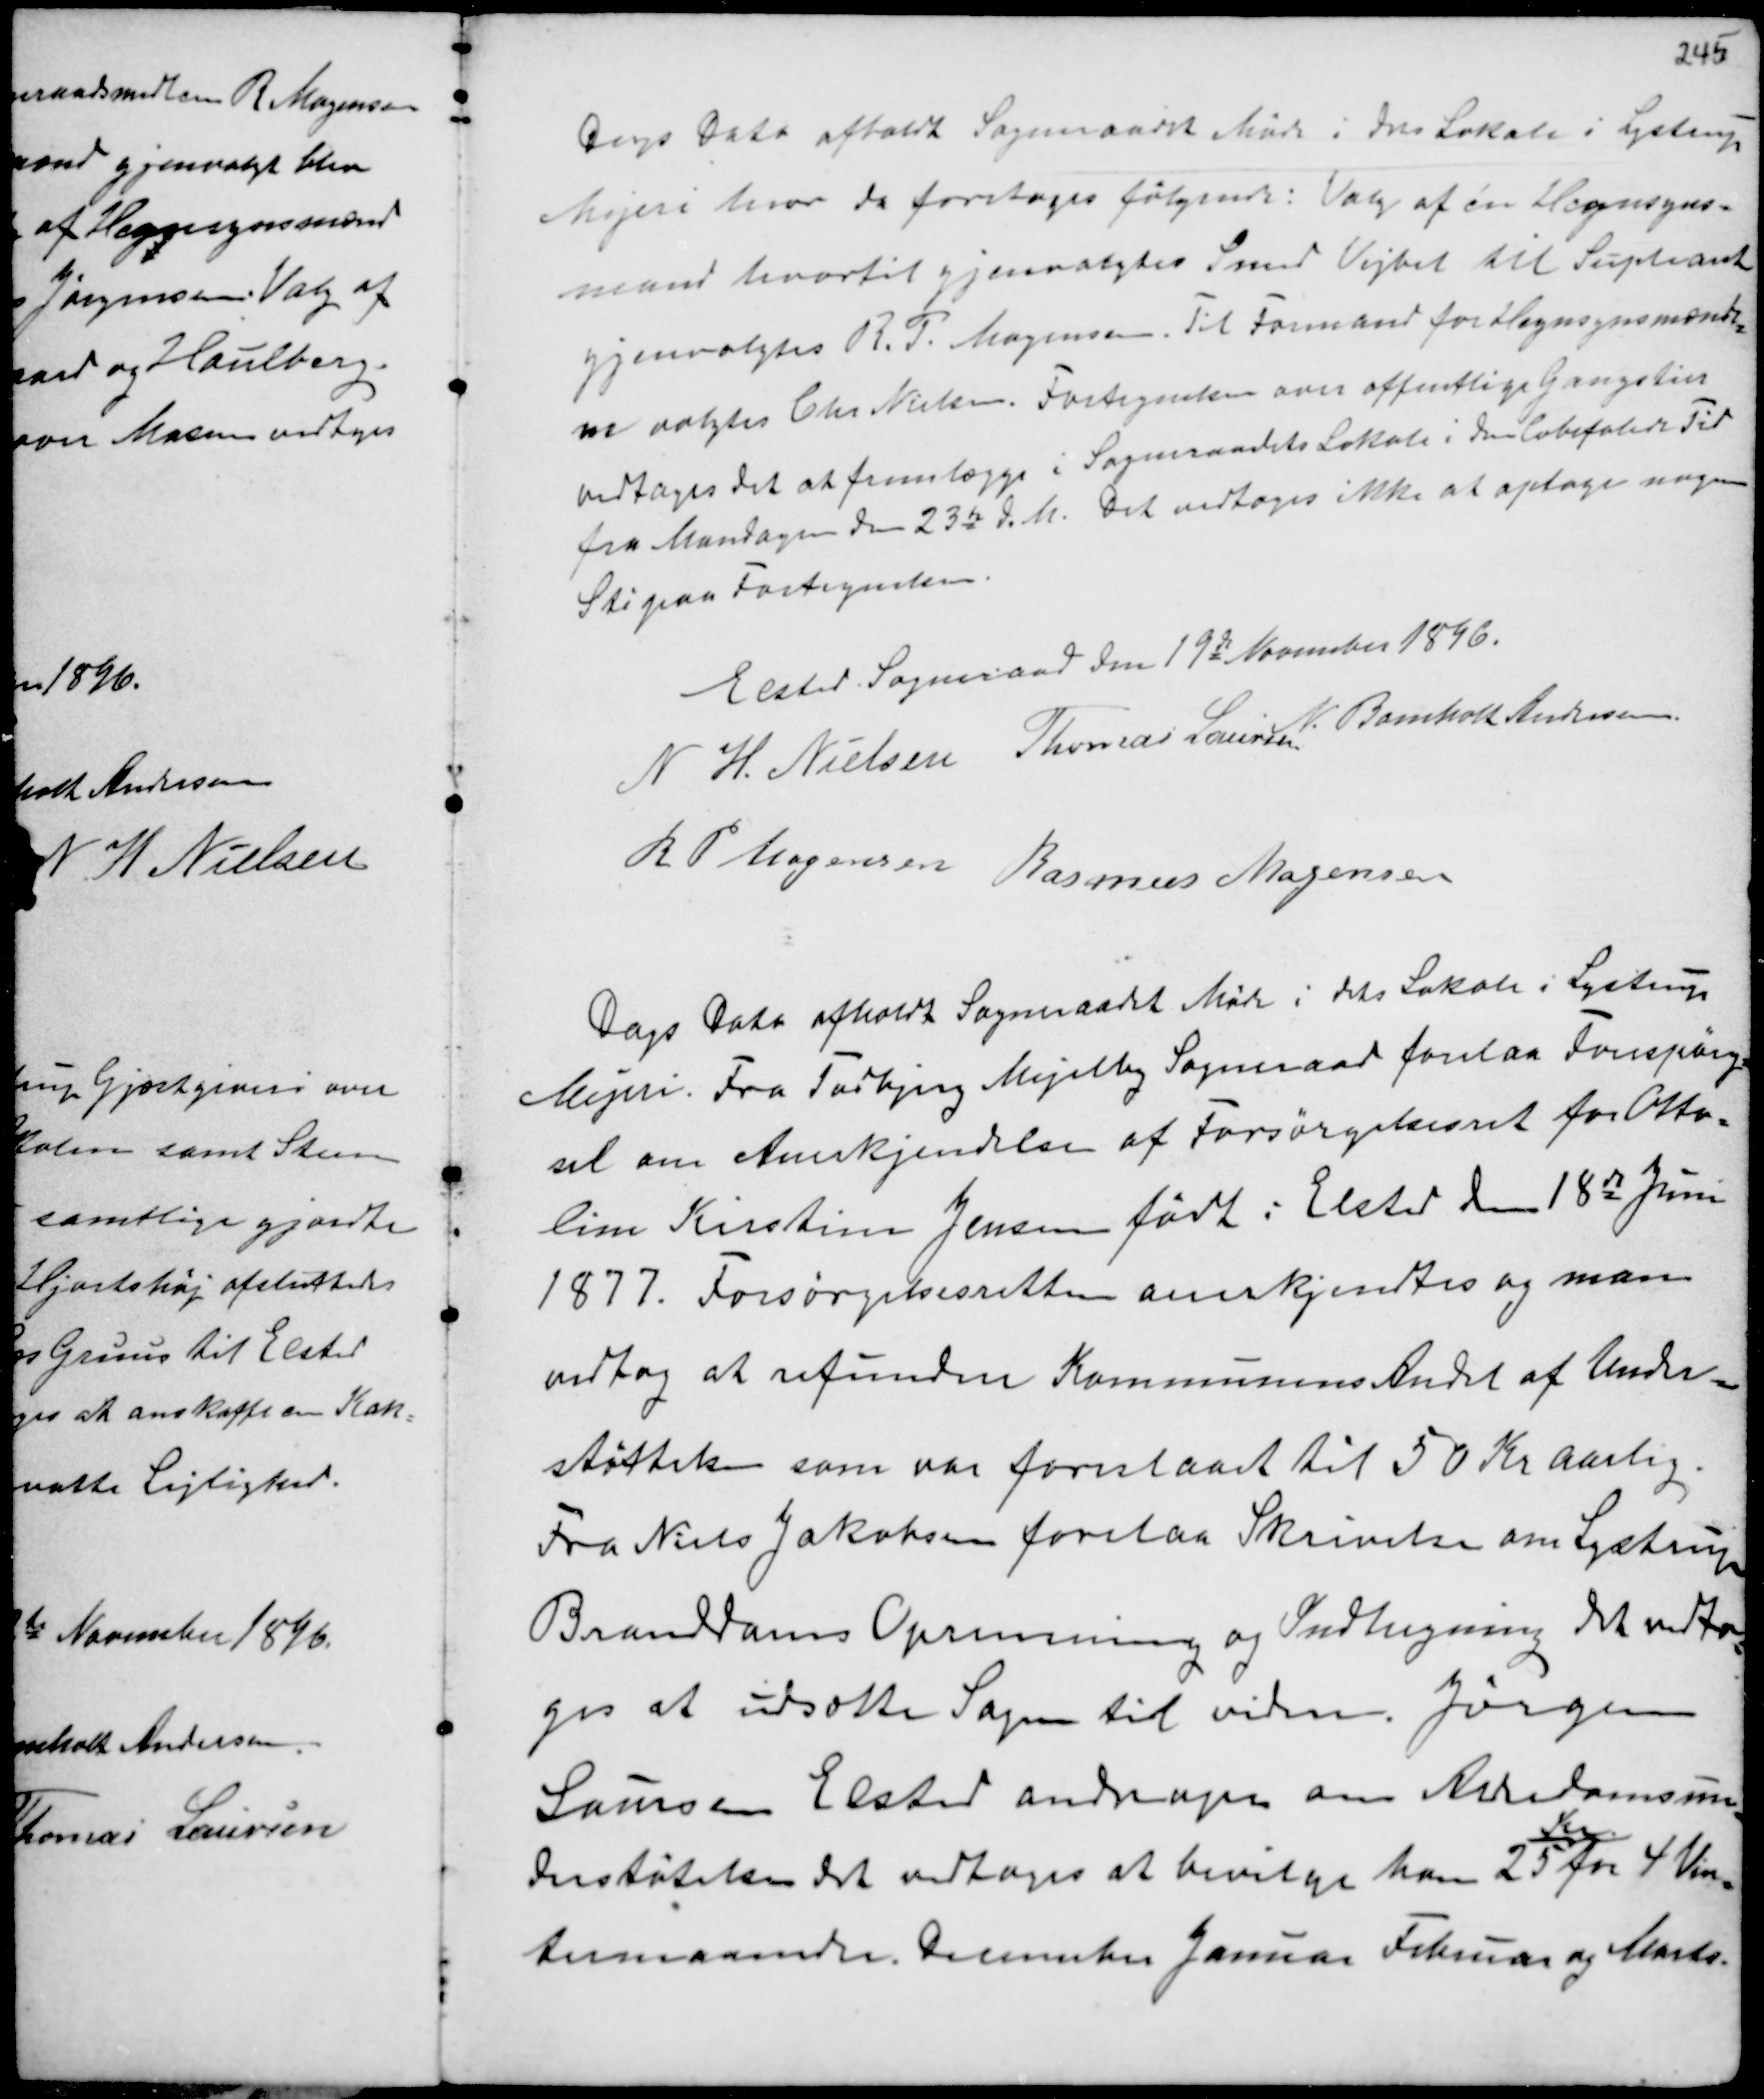
Transskription:
Dags Dato afholdt Sogneraadet Møde i dets Lokale i Lystrup
Mejeri hvor da foretoges følgende: Valg af en Hegnsyns-
mand hvortil gjenvalgtes Smed Vejbel til Supleant
gjenvalgtes R. P. Mogensen. Til Formand for Hegnsynsmænde-
ne valgtes Chr Nielsen. Fortegnelsen over offentlige Gangstier
vedtoges det at fremlægge i Sogneraadets Lokale i den Anbefalede Tid
fra Mandagen den 23de d.M. Det vedtoges ikke at optage nogen
Sti paa Fortegnelsen.

Elsted Sogneraad den 19de November 1896.
N H. Nielsen Thomas Laursen
N. Bomholt Andersen
R P. Mogensen Rasmus Mogensen

Dags Dato afholdt Sogneraadet Møde i dets Lokale i Lystrup
Mejeri. Fra Todbjerg Mejelby Sogneraad forelaa Forespørg-
sel om Anerkjendelse af Forsørgelsesret for Otto-
lim Kirstine Jensen født i Elsted den 18de Juni
1877. Forsørgelsesretten anerkjendtes og man
vedtog at refundere Kommunens Andel af Under-
støttelsen som var foreslaaet til 50 Kr aarlig.
Fra Niels Jakobsen forelaa Skrivelse om Lystrup
Branddams Oprensning og Indhegning det vedto-
ges at udsætte Sagen til videre. Jørgen
Laursen Elsted andrager om Alderdomsun-
derstøtelse det vedtoges at bevilge ham 25
Kr
for 4 Vin-
termaaneder December Januar Februar og Marts.